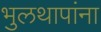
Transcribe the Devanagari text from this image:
भुलथापांना